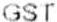
GST